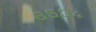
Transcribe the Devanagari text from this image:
६५३४